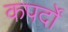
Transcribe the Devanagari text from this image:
कपर्दों